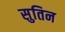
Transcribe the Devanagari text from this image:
सुतिन